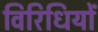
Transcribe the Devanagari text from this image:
विरिधियों